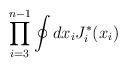
LaTeX: \begin{align*}\prod_{i=3}^{n-1} \oint dx_i J_i^* (x_i )\end{align*}